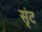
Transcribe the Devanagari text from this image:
सृंट